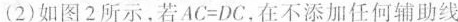
(2) 如图2所示，若$$AC＝DC$$，在不添加任何辅助线